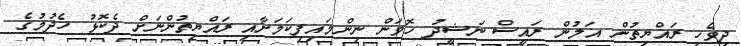
ދިވެހި ރައްޔިތުން އަލުން ރައީސް ނަޝީދު ހޮވަން ނިންމައިފިކަމަށާއި ރައްޔިތުންނަށް ދެކޮޅު ހެދުމުގެ